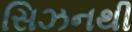
સિઝનથી